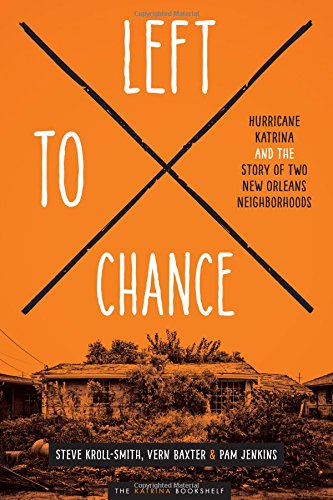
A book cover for Left to Chance: Hurricane Katrina and the Story of Two New Orleans Neighborhoods (Katrina Bookshelf); Steve Kroll-Smith; Science & Math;